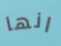
انها